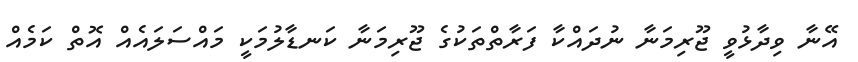
އޭނާ ވިދާޅުވީ ޖޫރިމަނާ ނުދައްކާ ފަރާތްތަކުގެ ޖޫރިމަނާ ކަނޑާލުމަކީ މައްސަލައެއް އޮތް ކަމެއް